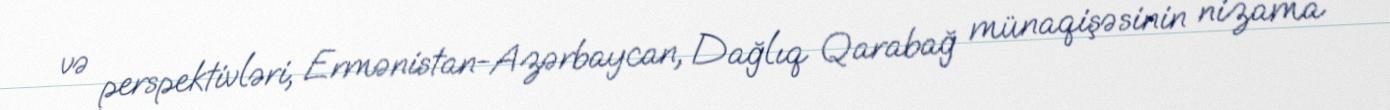
və perspektivləri, Ermənistan-Azərbaycan, Dağlıq Qarabağ münaqişəsinin nizama